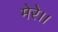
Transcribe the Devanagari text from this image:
मेरे।।